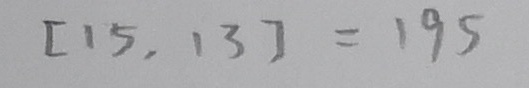
[ 1 5 , 1 3 ] = 1 9 5